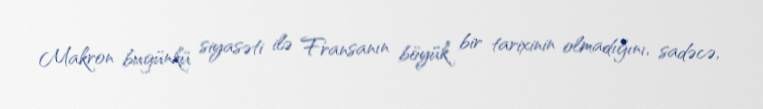
Makron bugünkü siyasəti ilə Fransanın böyük bir tarixinin olmadığını, sadəcə,